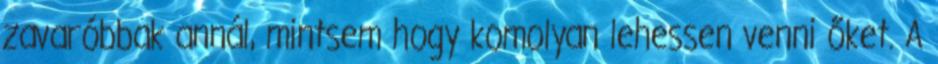
zavaróbbak annál, mintsem hogy komolyan lehessen venni őket. A